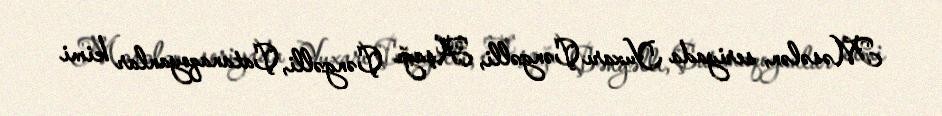
Məsələn, seriyada Yuxarı Çəngəlli, Aşağı Çəngəlli, Çatanaqoyanlar kimi